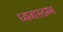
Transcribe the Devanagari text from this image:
ध्वजास्तम्भ